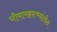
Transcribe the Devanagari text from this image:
भीमामहात्म्यांतील